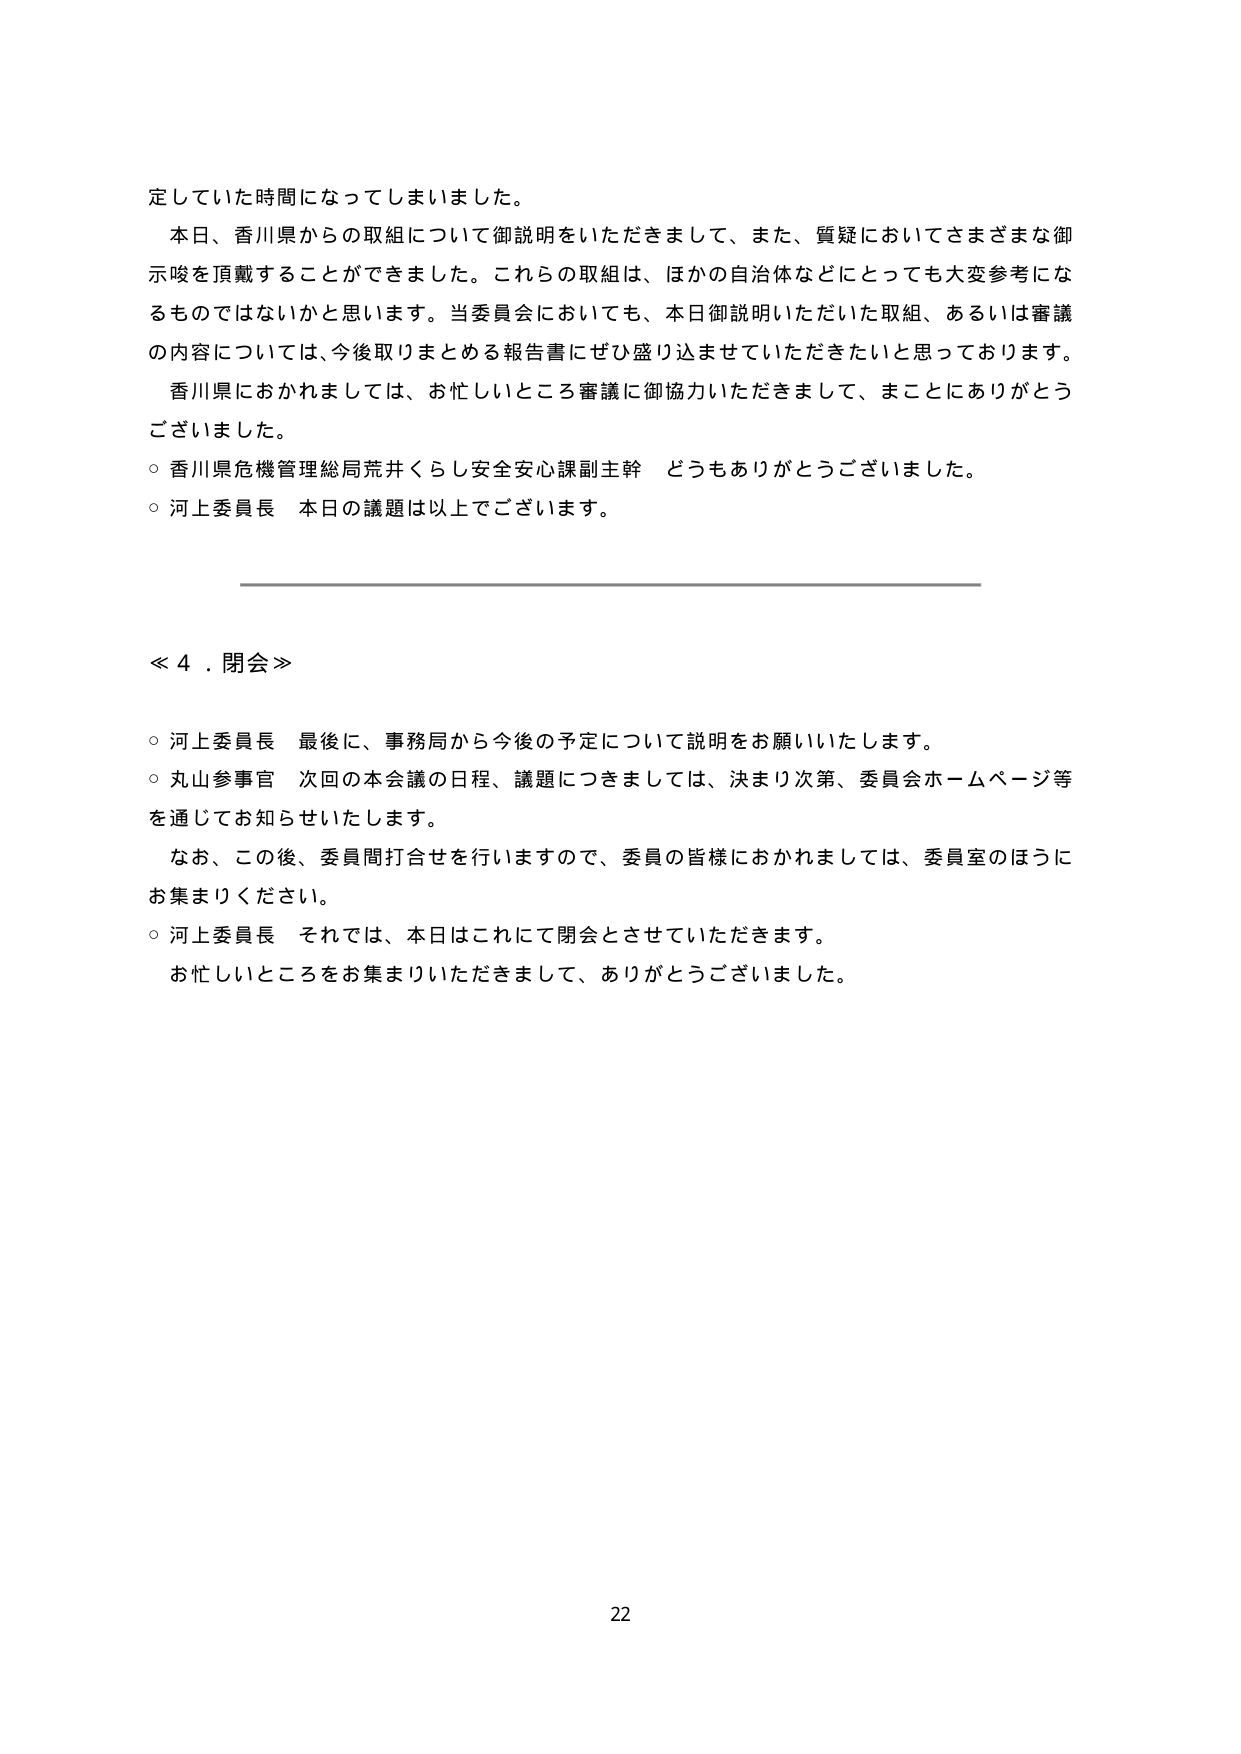
定していた時間になってしまいました。

本日、香川県からの取組について御説明をいただきまして、また、質疑においてさまざまな御示唆を頂戴することができました。これらの取組は、ほかの自治体などにとっても大変参考になるものではないかと思います。当委員会においても、本日御説明いただいた取組、あるいは審議の内容については、今後取りまとめる報告書にぜひ盛り込ませていただきたいと思っております。

香川県におかれましては、お忙しいところ審議に御協力いただきまして、まことにありがとうございました。

○ 香川県危機管理総局荒井くらし安全安心課副主幹 どうもありがとうございました。

○ 河上委員長 本日の議題は以上でございます。

≪ 4．閉会 ≫

○ 河上委員長 最後に、事務局から今後の予定について説明をお願いいたします。

○ 丸山参事官 次回の本会議の日程、議題につきましては、決まり次第、委員会ホームページ等を通じてお知らせいたします。

なお、この後、委員間打合せを行いますので、委員の皆様におかれましては、委員室のほうにお集まりください。

○ 河上委員長 それでは、本日はこれにて閉会とさせていただきます。

お忙しいところをお集まりいただきまして、ありがとうございました。

22